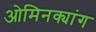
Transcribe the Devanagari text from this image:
ओमिनक्यांग